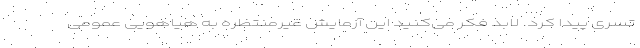
تسری پیدا کرد. لابد فکر می‌کنید این آزمایش غیرمنتظره به هیاهویی عمومی